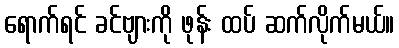
ရောက်ရင် ခင်ဗျားကို ဖုန်း ထပ် ဆက်လိုက်မယ်။